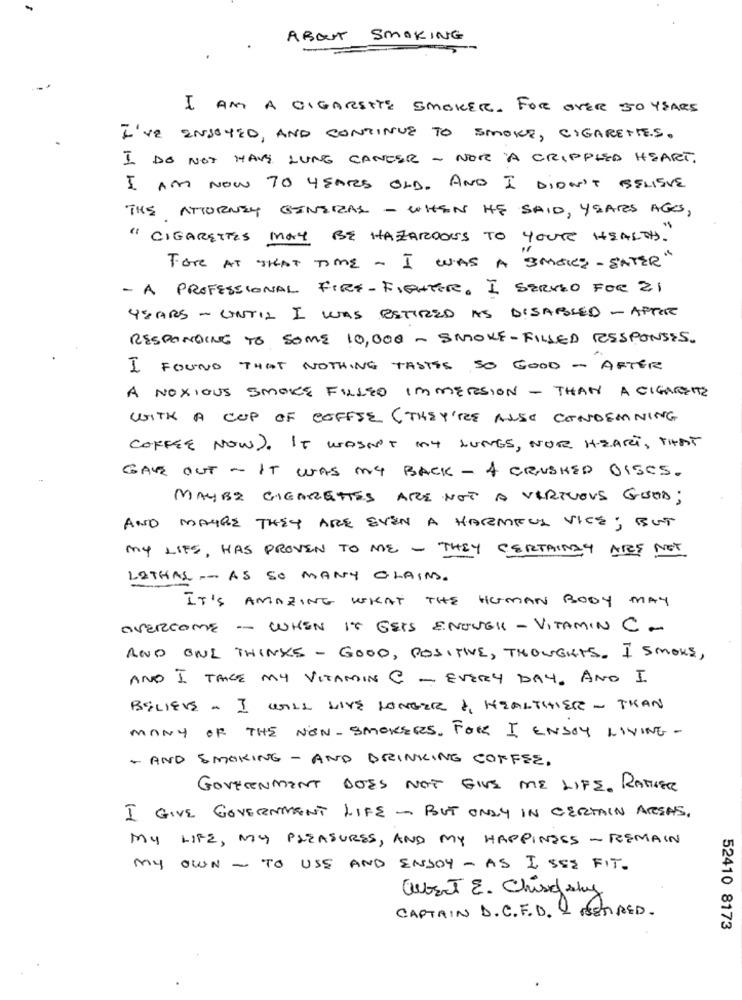
ABOUT SMOKING
I AM A CIGARETTE SMOKER. FOR OVER SO YEARS
I'VE ENJOYED, AND CONTINUE TO SMOKE, CIGARETTES.
I DO NOT HAVE LUNG CANCER - NOR A CRIPPLED HEART.
I AM NOW TO YEARS OLD. AND I DIDN'T BELIEVE
THE ATTORNEY GENERAL - WHEN HE SAID, YEARS AGS,
" CIGARETTES MAY BE HAZARDOUS TO YOUR HEALTH."
For AT THAT TIME - I WAS A SMOKE - EATER"
- A PROFESSIONAL FIRE-FIGHTER. I SERVED FOR ZI
YEARS - UNTIL I WAS ESTIRED AS DISABLED - AFTHE
RESPONDING TO SOME 10,000 - SMOKE-FILLED RESPONSES.
I FOUND THAT NOTHING TASTES SO GOOD - AFTER
A NOXIOUS SMOKE FILLED IMMERSION - THAN A CIGARETTE
WITH A CUP OF COFFEE ( THEY'REE ALSO CONDEMNING
COFFEE NOW). IT WASN'T MY LUNGS, NOR HEART, THAT
GAVE OUT - IT WAS My BACK - A CRUSHED OISES.
MAYBE CIGARETTES ARE NOT A VIRTUOUS GOOD;
AND MAYBE THEY ARE EVEN A HARMFUL VICE; BUT
MY LIFE, HAS PROVEN TO ME - THEY CERTAINLY ARE NET
LETHAL -- AS SO MANY CLAIMS.
IT'S AMAZING WHAT THE HUMAN BODY MAY
OVERCOME -- WHEN IT GETS ENOUGH - VITAMIN C -
AND ONL THINKS - GOOD, POSITIVE, THOUGHTS. I SMOKE,
AND I TANCE MY VITAMIN C - EVERY DAY. AND I
BELIEVE . I WILL LIVE LONGER , HEALTHIER - THAN
MANY OF THE NON-SMOKERS. FOR I ENJOY LIVING -
- AND SMOKING - AND DRINKING COFFEE.
GOVERNMENT DOES NOT GIVE ME LIFE. RATHER
I GIVE GOVERNMENT LIFE - BUT ONLY IN CERTAIN AREAS.
MY LIFE, MY PLEASURES, AND MY HAPPINESS - REMAIN
My OWN - TO USE AND ENJOY - AS I SEE FIT.
aubert E. Chisoshy
CAPTAIN D.C.F.D. - RETIRED.
52410 8173